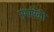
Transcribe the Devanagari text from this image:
संभारिकी